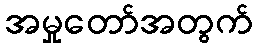
အမှုတော်အတွက်